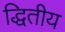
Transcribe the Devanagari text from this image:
द्धितीय